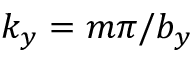
k _ { y } = m \pi / b _ { y }